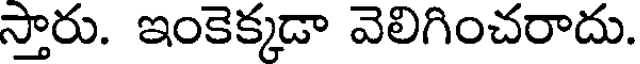
స్తారు. ఇంకెక్కడా వెలిగించరాదు.